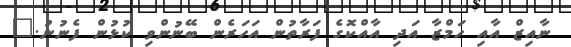
ނާއިޒް އާއި ހަމްޒާ އަދި އާއްކޮގެ ފަރާތުން އަހަރެން ބޭނުންވި ކުޅުން ފެނުނު."